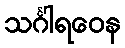
သင်္ဂါရဝေန